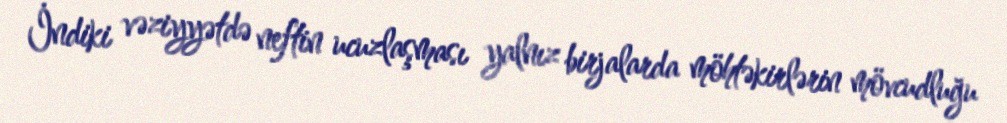
İndiki vəziyyətdə neftin ucuzlaşması yalnız birjalarda möhtəkirlərin mövcudluğu